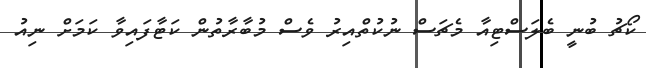
ކޯޗު ބުނީ ބެލަސްޓިއާ މެޗަސް ނުކުތްއިރު ވެސް މުބާރާތުން ކަޓާފައިވާ ކަމަށް ނިއު